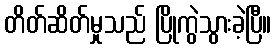
တိတ်ဆိတ်မှုသည် ပြိုကွဲသွားခဲ့ပြီ။